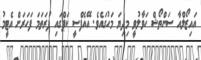
އައިޒޯލްއާ ސަންތޯޝް ހަވާލުވީ މިދިޔަ މަހުގައެެވެ. އޭއެފްސީ ކަޕްގައި ފުރަތަމަ ފަހަރަށް އެޓީމު